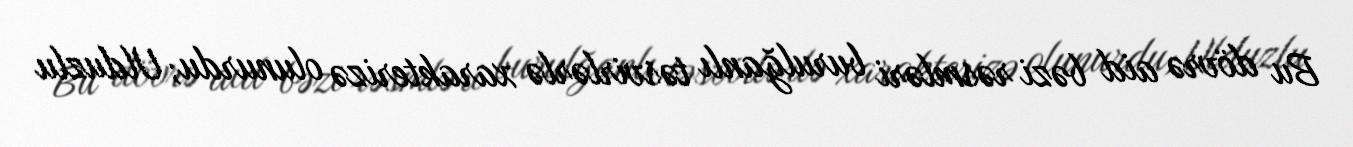
Bu dövrə aid bəzi rəsmləri burulğanlı təsvirlərlə xarakterizə olunurdu; Ulduzlu